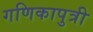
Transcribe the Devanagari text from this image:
गणिकापुत्री